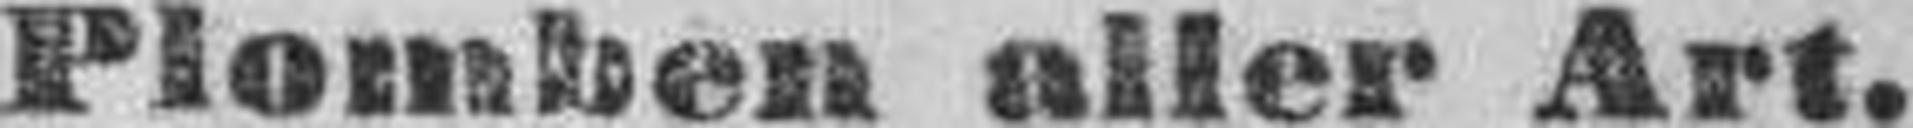
Plomben aller Art.